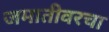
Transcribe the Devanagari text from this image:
जमातीवरचा